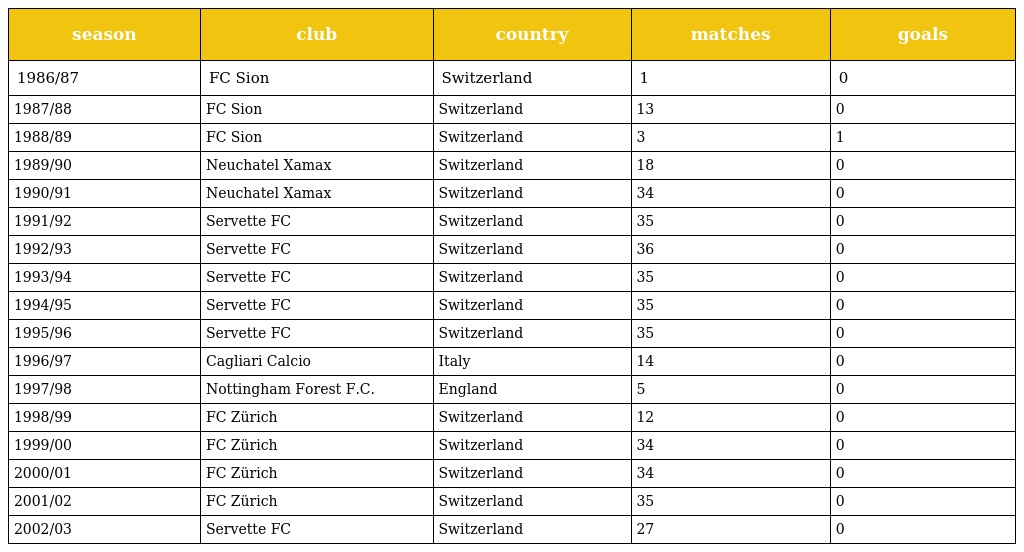
| season | club | country | matches | goals |
 | --- | --- | --- | --- | --- |
 | 1986/87 | FC Sion | Switzerland | 1 | 0 |
 | 1987/88 | FC Sion | Switzerland | 13 | 0 |
 | 1988/89 | FC Sion | Switzerland | 3 | 1 |
 | 1989/90 | Neuchatel Xamax | Switzerland | 18 | 0 |
 | 1990/91 | Neuchatel Xamax | Switzerland | 34 | 0 |
 | 1991/92 | Servette FC | Switzerland | 35 | 0 |
 | 1992/93 | Servette FC | Switzerland | 36 | 0 |
 | 1993/94 | Servette FC | Switzerland | 35 | 0 |
 | 1994/95 | Servette FC | Switzerland | 35 | 0 |
 | 1995/96 | Servette FC | Switzerland | 35 | 0 |
 | 1996/97 | Cagliari Calcio | Italy | 14 | 0 |
 | 1997/98 | Nottingham Forest F.C. | England | 5 | 0 |
 | 1998/99 | FC Zürich | Switzerland | 12 | 0 |
 | 1999/00 | FC Zürich | Switzerland | 34 | 0 |
 | 2000/01 | FC Zürich | Switzerland | 34 | 0 |
 | 2001/02 | FC Zürich | Switzerland | 35 | 0 |
 | 2002/03 | Servette FC | Switzerland | 27 | 0 |